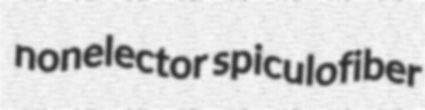
nonelector spiculofiber